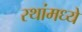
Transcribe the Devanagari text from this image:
रथांमध्ये